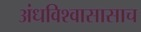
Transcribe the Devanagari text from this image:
अंधविश्वासासाच